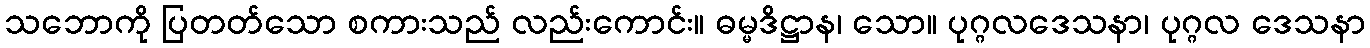
သဘောကို ပြတတ်သော စကားသည် လည်းကောင်း။ ဓမ္မဒိဋ္ဌာန၊ သော။ ပုဂ္ဂလဒေသနာ၊ ပုဂ္ဂလ ဒေသနာ